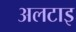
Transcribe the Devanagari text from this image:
अलटाइ